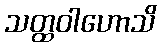
သတ္ထဝါဟောသိ